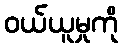
ဝယ်ယူမှုကို